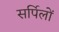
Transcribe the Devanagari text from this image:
सर्पिलों